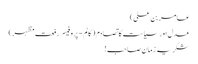
عامر بن علی)
عدل اور سیاست کا تصادم ( کالم - پروفیسر رفعت مظہر)
شکریہ زمان صاحب !